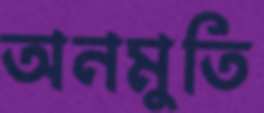
অনমুতি